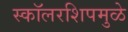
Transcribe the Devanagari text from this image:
स्कॉलरशिपमुळे